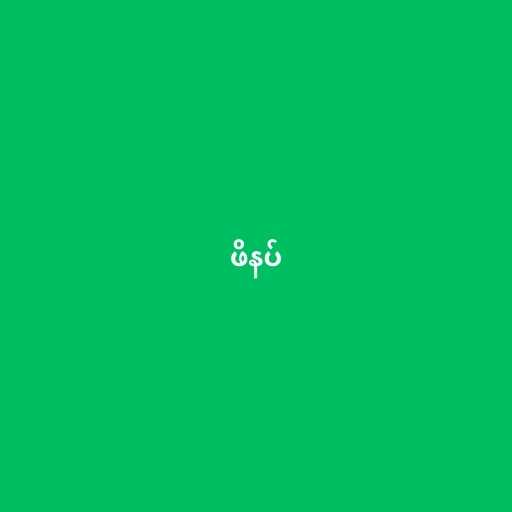
ဖိနပ်